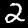
Digit: 2